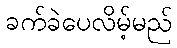
ခက်ခဲပေလိမ့်မည်